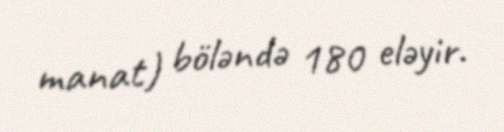
manat) böləndə 180 eləyir.